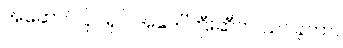
အဆောင် ပိုင်ရှင် အဒေါ်ကြီးဆီက သင်ခဲ့တာ။